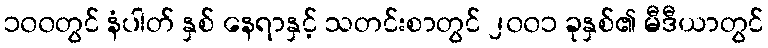
၁၀၀တွင် နံပါတ် နှစ် နေရာနှင့် သတင်းစာတွင် ၂၀၀၁ ခုနှစ်၏ မီဒီယာတွင်